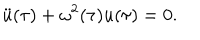
\ddot { u } ( \tau ) + \omega ^ { 2 } ( \tau ) { u } ( \tau ) = 0 .